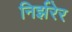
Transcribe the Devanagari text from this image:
निर्झरेर